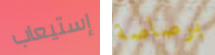
إستيعاب برصاصة